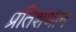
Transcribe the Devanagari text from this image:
प्रतिशथान